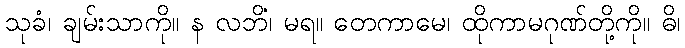
သုခံ၊ ချမ်းသာကို။ န လဘိံ၊ မရ။ တေကာမေ၊ ထိုကာမဂုဏ်တို့ကို။ ဓိ၊